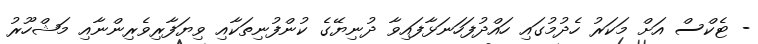
- ޓެކްސް އަށް މަކަރު ހެދުމުގައި ހައްދުފަހަނަޅާފައިވާ ދުނިޔޭގެ ކުންފުނިތަކާއި ވިޔަފާރިވެރިންނާއި މަޝްހޫރު